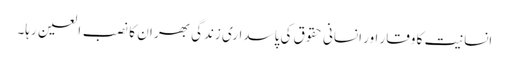
انسانیت کا وقار اور انسانی حقوق کی پاسداری زندگی بھر ان کا نصب العین رہا۔